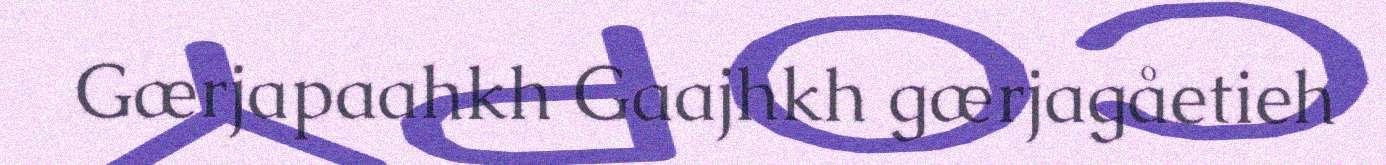
Gærjapaahkh Gaajhkh gærjagåetieh